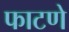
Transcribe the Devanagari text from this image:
फाटणे